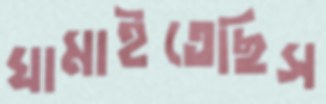
ঘামাইতেছিস